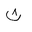
Letter: _tha